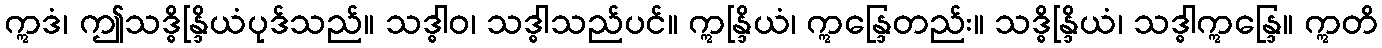
ဣဒံ၊ ဤသဒ္ဓိန္ဒြိယံပုဒ်သည်။ သဒ္ဓါဝ၊ သဒ္ဓါသည်ပင်။ ဣန္ဒြိယံ၊ ဣန္ဒြေတည်း။ သဒ္ဓိန္ဒြိယံ၊ သဒ္ဓါဣန္ဒြေ။ ဣတိ